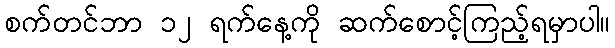
စက်တင်ဘာ ၁၂ ရက်နေ့ကို ဆက်စောင့်ကြည့်ရမှာပါ။